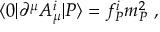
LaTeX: \langle 0 | \partial ^ { \mu } A _ { \mu } ^ { i } | P \rangle = f _ { P } ^ { i } m _ { P } ^ { 2 } \ ,